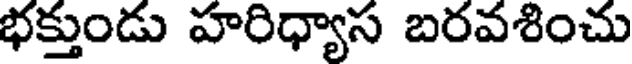
భక్తుండు హరిధ్యాస బరవశించు